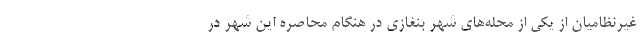
غیرنظامیان از یکی از محله‌های شهر بنغازی در هنگام محاصره این شهر در